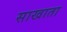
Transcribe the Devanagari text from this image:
साखाता